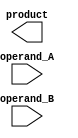
module wallace_tree_multiplier(
    input wire [15:0] operand_A,
    input wire [15:0] operand_B,
    output wire [31:0] product
);

wire [31:0] partial_products [15:0];
wire [31:0] intermediate_results [15:0];

// Generate partial products
genvar i;
generate
    for (i = 0; i < 16; i = i + 1) begin
        assign partial_products[i] = operand_A[i] & operand_B;
    end
endgenerate

// Reduce and accumulate partial products using Wallace Tree
assign intermediate_results[0] = partial_products[0];
assign intermediate_results[1] = partial_products[1] ^ (partial_products[0] << 1);
assign intermediate_results[2] = partial_products[2] ^ (partial_products[1] << 1) ^ (partial_products[0] << 2);
// Add more stages as needed for 16-bit operands

assign product = intermediate_results[15];

endmodule